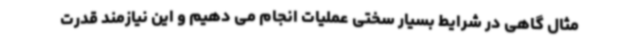
مثال گاهی در شرایط بسیار سختی عملیات انجام می دهیم و این نیازمند قدرت